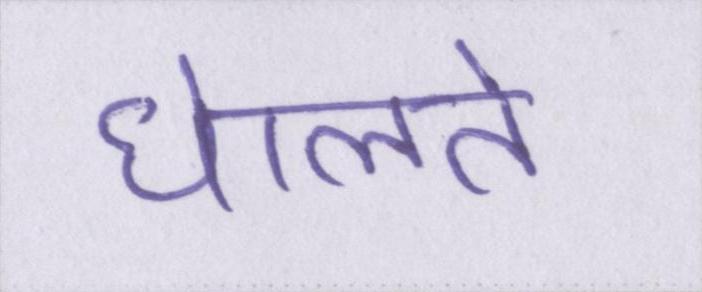
घेालते